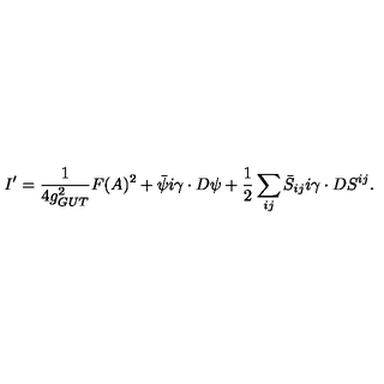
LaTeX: I ^ { \prime } = { \frac { 1 } { 4 g _ { G U T } ^ { 2 } } } F ( A ) ^ { 2 } + \bar { \psi } i \gamma \cdot D \psi + { \frac { 1 } { 2 } } \sum _ { i j } \bar { S } _ { i j } i \gamma \cdot D S ^ { i j } .